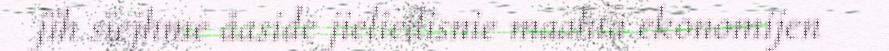
jïh sïejhme åaside jieliedisnie maahta ekonomijen